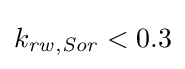
k_{\mathit {rw,Sor}}<0.3